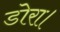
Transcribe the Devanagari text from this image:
डोरा।